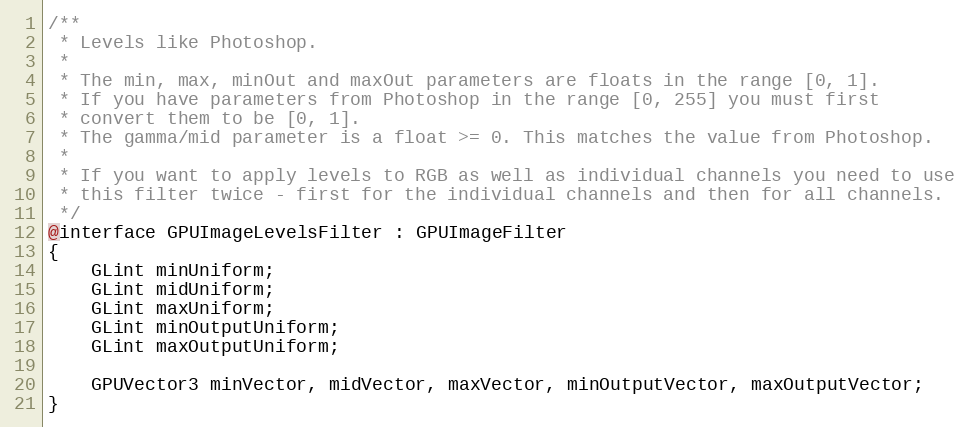
Language: C
/**
 * Levels like Photoshop.
 *
 * The min, max, minOut and maxOut parameters are floats in the range [0, 1].
 * If you have parameters from Photoshop in the range [0, 255] you must first
 * convert them to be [0, 1].
 * The gamma/mid parameter is a float >= 0. This matches the value from Photoshop.
 *
 * If you want to apply levels to RGB as well as individual channels you need to use
 * this filter twice - first for the individual channels and then for all channels.
 */
@interface GPUImageLevelsFilter : GPUImageFilter
{
    GLint minUniform;
    GLint midUniform;
    GLint maxUniform;
    GLint minOutputUniform;
    GLint maxOutputUniform;

    GPUVector3 minVector, midVector, maxVector, minOutputVector, maxOutputVector;
}